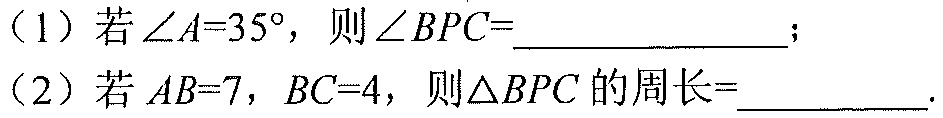
（1）若\(\angle A = 35^{\circ}\)，则\(\angle BPC=\)_____________；
（2）若\(AB = 7\)，\(BC = 4\)，则\(\triangle BPC\)的周长=\_\_\_\_\_\_。